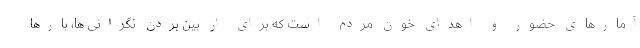
آمارهای حضور و اهدای خون مردم است که برای از بین بردن نگرانی ها، بارها